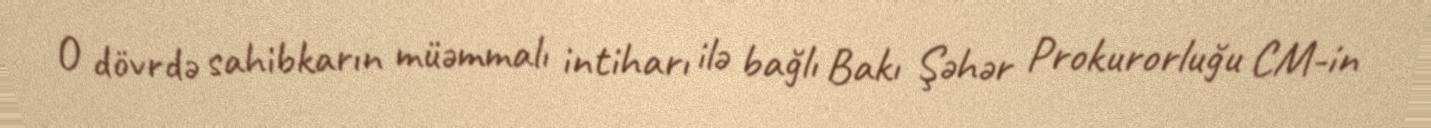
O dövrdə sahibkarın müəmmalı intiharı ilə bağlı Bakı Şəhər Prokurorluğu CM-in